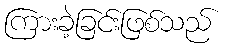
ကြားခဲ့ခြင်းဖြစ်သည်